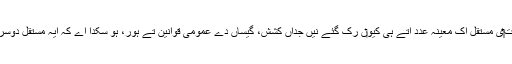
ان دو رستےآں دے علاوہ اک سوال ایہ وی اٹھدا اے کہ کائنات‏‏ی مستقل اک معینہ عدد اُتے ہی کیو‏ں رک گئے نيں جداں کشش، گیساں دے عمومی قوانین تے ہور، ہو سکدا اے کہ ایہ مستقل دوسری دنیاواں وچ مختلف قدراں رکھدے ہاں، مثلاً لا متناہی ہاں؟